Vital statistics of India. Vol. V, Reports of 1876 on armies & jails and on epidemic cholera
Year: 1876
Disease focus: Cholera
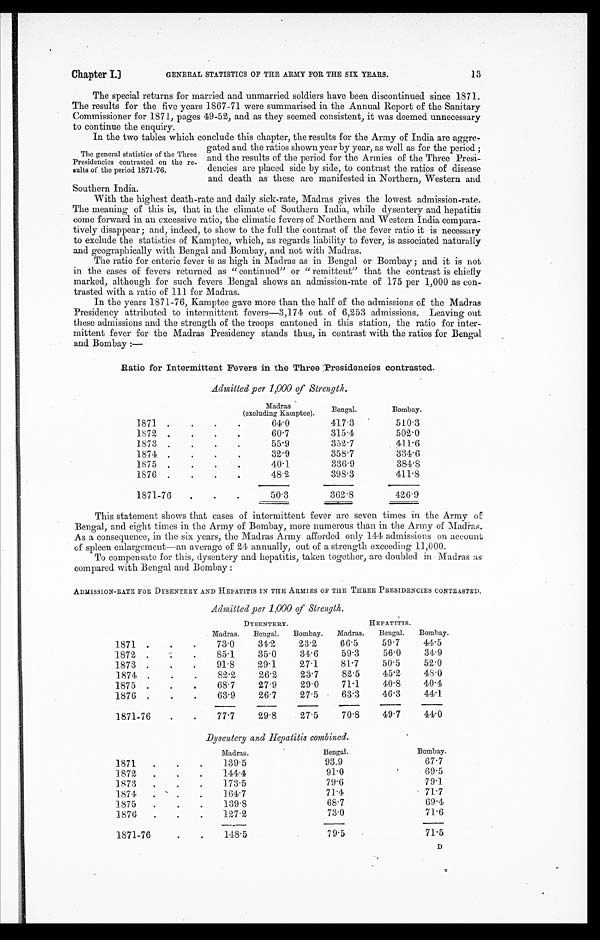
Chapter I.]
GENERAL STATISTICS OF THE ARMY FOR, THE SIX YEARS.
13
The special returns for married and unmarried soldiers have been discontinued since 1871.
The results for the five years 1867-71 were summarised in the Annual Report of the Sanitary
Commissioner for 1871, pages 49-52, and as they seemed consistent, it was deemed unnecessary
to continue the enquiry.
The general statistics of the Three
Presidencies contrasted on the re
-sults of the period 1871-76.
In the two tables which conclude this chapter, the results for the Army of India are aggre
-gated and the ratios shown year by year, as well as for the period;
and the results of the period for the Armies of the Three Presi
-dencies are placed side by side, to contrast the ratios of disease
and death as these are manifested in Northern, Western and
Southern India.
With the highest death-rate and daily sick-rate, Madras gives the lowest admission-rate.
The meaning of this is, that in the climate of Southern India, while dysentery and hepatitis
come forward in an excessive ratio, the climatic fevers of Northern and Western India compara
- t i v e l y d i s a p p e a r ; a n d , i n d e e d , t o s h o w t o t h e f u l l t h e c o n t r a s t o f t h e f e v e r r a t i o i t i s n e c e s s a r y
to exclude the statistics of Kamptee, which, as regards liability to fever, is associated naturally
and geographically with Bengal and Bombay, and not with Madras.
The ratio for enteric fever is as high in Madras as in Bengal or Bombay; and it is not
in the cases of fevers returned as "continued" or "remittent" that the contrast is chiefly
marked, although for such fevers Bengal shows an admission-rate of 175 per 1,000 as con
- t r a s t e d w i t h a r a t i o o f 1 1 1 f o r M a d r a s .
In the years 1871-76, Kamptee gave more than the half of the admissions of the Madras
Presidency attributed to intermittent fevers—3,174 out of 6,253 admissions. Leaving out
these admissions and the strength of the troops cantoned in this station, the ratio for inter
- m i t t e n t f e v e r f o r t h e M a d r a s P r e s i d e n c y s t a n d s t h u s , i n c o n t r a s t w i t h t h e r a t i o s f o r B e n g a l
and Bombay:—
Ratio for Intermittent Fevers in the Three Presidencies contrasted.
Admitted per 1,000 of Strength.
Madras
(excluding Kamptee).
Bengal.
Bombay.
1871
6 4 . 0
417.3
510.3
1872
60.7
315.4
502.0
1873
55.9
352.7
411.6
1874
32.9
358.7
334.6
1875
40.1
336.9
3 8 4 . 8
1876
4 8 . 2
398.3
4 1 1 . 8
1871-76
50.3
362.8
426.9
This statement shows that cases of intermittent fever are seven times in the Army of
Bengal, and eight times in the Army of Bombay, more numerous than in the Army of Madras.
As a consequence, in the six years, the Madras Army afforded only 141 admissions on account
of spleen enlargement—an average of 24 annually, out of a strength exceeding 11,000.
To compensate for this, dysentery and hepatitis, taken together, are doubled in Madras as
compared with Bengal and Bombay:
ADMISSION-RATE FOR DYSENTERY AND HEPATITIS IN THE ARMIES OF THE THREE PRESIDENCIES CONTRASTED.
Admitted per 1,000 of Strength.
DYSENTERY.
HEPATITIS.
Madras. Bengal.
Bombay.
Madras.
Bengal.
Bombay.
1871
73.0
34.2
23.2
66.5
59.7
44.5
1872
85.1
35.0
34.6
59.3
56.0
3 4 . 9
1873
91.8
29.1
27.1
81.7
50.5
52.0
1874
82.2
26.2
23.7
82.5
45.2
4 8 . 0
1875
68.7
27.9
29.0
71.1
40.8
4 0 . 4
1876
63.9
26.7
27.5
63.3
46.3
44.1
1871-76
77.7
29.8
27.5
70.8
49.7
44.0
Dysentery and Hepatitis combined.
Madras.
Bengal.
Bombay.
1871
139.5
93.9
67.7
1872
141.4
91.0
69.5
1873
1 7 3 . 5
79.6
79.1
1874
1 6 4 . 7
71.4
71.7
1875
1 3 9 . 8
68.7
69.4
1876
127.2
73.0
71.6
1871-76
148.5
79.5
71.5